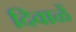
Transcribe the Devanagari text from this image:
दिवाळें